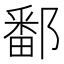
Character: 鄱